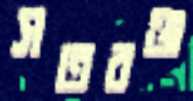
সতরঞ্জ